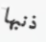
ذنبها